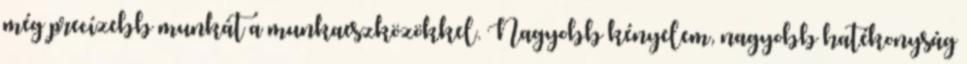
még precízebb munkát a munkaeszközökkel. Nagyobb kényelem, nagyobb hatékonyság